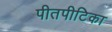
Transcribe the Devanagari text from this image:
पीतपीटिका